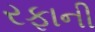
રફાની